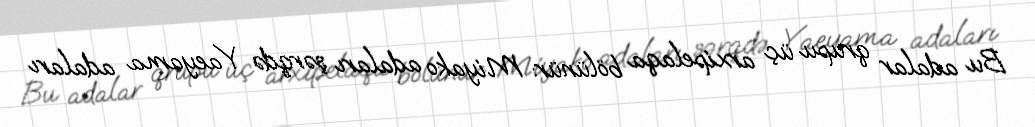
Bu adalar qrupu üç arxipelaqa bölünür: Miyako adaları şərqdə Yaeyama adaları